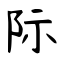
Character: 际